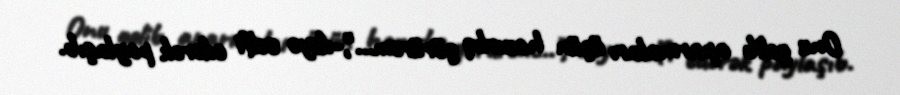
Onu gəlib aparmaları üçün hazırlıq görürəm...",-deyə selfi edərək paylaşıb.